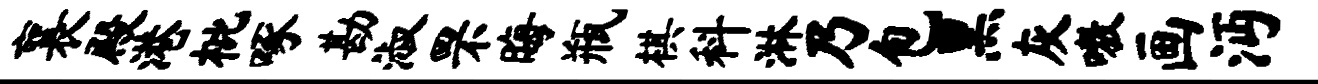
襄殿港枇啄勘淑罘晦瓶棋科淋乃包黑灰嗷画沔